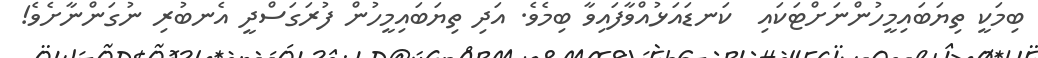
ބިމަކީ ތިޔަބައިމީހުންނަށްޓަކައި  ކަނޑައަޅުއްވާފައިވާ ބިމެވެ. އަދި ތިޔަބައިމީހުން ފުރަގަސްދީ އެނބުރި ނުގަންނާށެވެ!